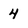
Character: 4